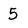
Character: 5